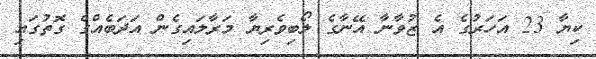
ކިޔާ 23 އަހަރުގެ އެ ޒުވާނާ އޭނާގެ ލޯބިވެރިޔާ މަރާލައިގެން އަދަބެއްގެ ގޮތުގައި